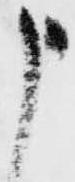
申